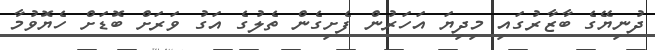
ދުނިޔޭގެ ބާޒާރުގައި މިދިޔަ އަހަރުން ފެށިގެން ތެލުގެ އަގު ވަރަށް ބޮޑަށް ހެޔޮވުމާ